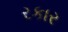
રકાર